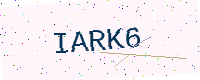
Text: IARK6